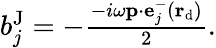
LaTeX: \begin{array}{r}{b_{j}^{\mathrm{J}}=-\frac{-i\omega\mathbf{p}\cdot\mathbf{e}_{j}^{-}(\mathbf r_{\mathrm{d}})}{2}.}\end{array}